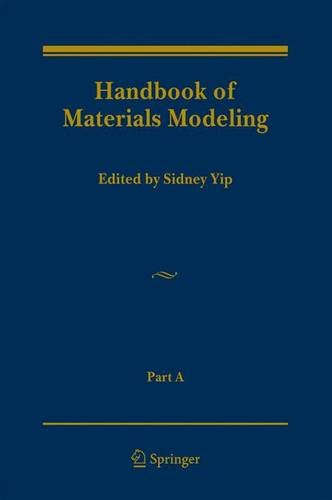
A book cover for Handbook of Materials Modeling (Vol 1&2); Science & Math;